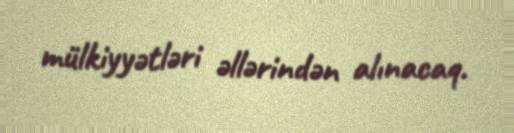
mülkiyyətləri əllərindən alınacaq.